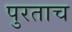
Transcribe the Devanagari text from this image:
पुरताच